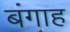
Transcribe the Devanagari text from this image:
बंगाह